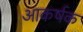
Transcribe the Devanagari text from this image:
अाकर्षक